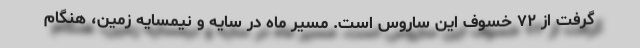
گرفت از ۷۲ خسوف این ساروس است. مسیر ماه در سایه و نیمسایه زمین، هنگام